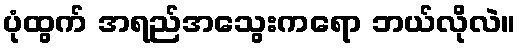
ပုံထွက် အရည်အသွေးကရော ဘယ်လိုလဲ။